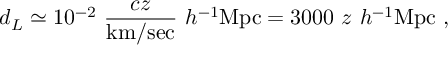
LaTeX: d _ { L } \simeq 1 0 ^ { - 2 } ~ { \frac { c z } { \mathrm { k m / s e c } } } ~ h ^ { - 1 } \mathrm { M p c } = 3 0 0 0 ~ z ~ h ^ { - 1 } \mathrm { M p c } ~ ,